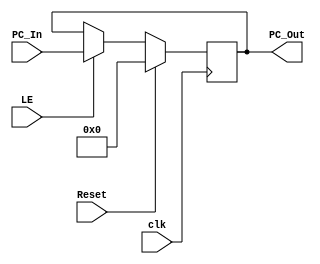
module PC_Register (
    output reg [31:0] PC_Out, //Program Counter Output 
    input [31:0] PC_In, //Program Counter Input
    input LE, Reset, clk //Load enable, Reset signal and Clock Signal
    );

    always @ (posedge clk) begin
        if (Reset) PC_Out <= 32'b00000000000000000000000000000000;
        else if (LE) PC_Out <= PC_In; 
        /*be aware when initializing the LE for the testbench, 
        LE should be assigned a constant value of 1 
        (which always loads the values) */
    end
endmodule